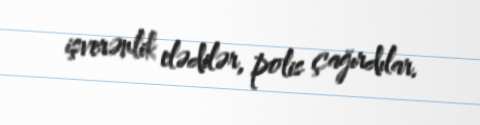
işverənlik elədilər, polis çağırdılar.